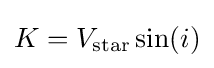
K=V_{\mathrm {star} }\sin(i)